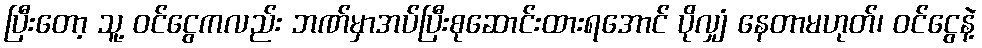
ပြီးတော့ သူ့ ဝင်ငွေကလည်း ဘဏ်မှာအပ်ပြီးစုဆောင်းထားရအောင် ပိုလျှံ နေတာမဟုတ်၊ ဝင်ငွေနဲ့